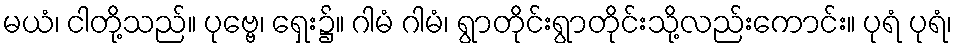
မယံ၊ ငါတို့သည်။ ပုဗ္ဗေ၊ ရှေး၌။ ဂါမံ ဂါမံ၊ ရွာတိုင်းရွာတိုင်းသို့လည်းကောင်း။ ပုရံ ပုရံ၊